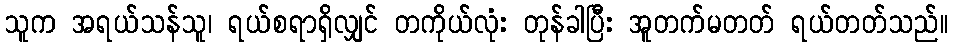
သူက အရယ်သန်သူ၊ ရယ်စရာရှိလျှင် တကိုယ်လုံး တုန်ခါပြီး အူတက်မတတ် ရယ်တတ်သည်။